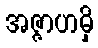
အဇ္ဇာဟမှိ